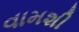
વામશી